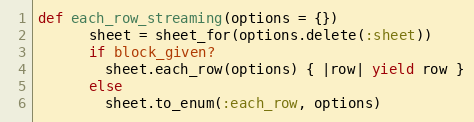
Language: Ruby
def each_row_streaming(options = {})
      sheet = sheet_for(options.delete(:sheet))
      if block_given?
        sheet.each_row(options) { |row| yield row }
      else
        sheet.to_enum(:each_row, options)